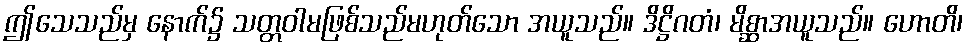
ဤသေသည်မှ နောက်၌ သတ္တဝါမဖြစ်သည်မဟုတ်သော အယူသည်။ ဒိဋ္ဌိဂတံ၊ မိစ္ဆာအယူသည်။ ဟောတိ၊